Medical and sanitary report of the native army of Bengal for the year
Year: 1874
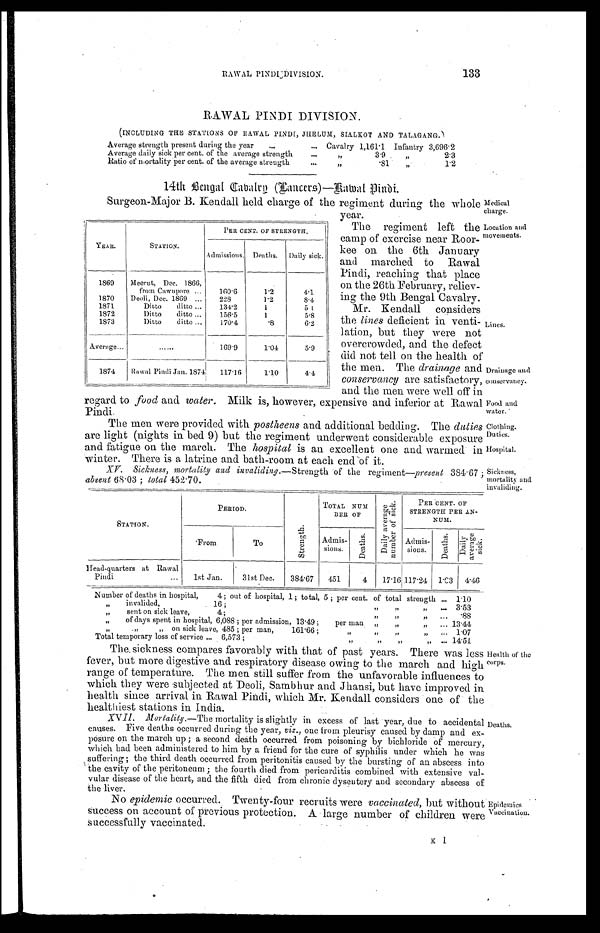
133
RAWAL PINDI DIVISION.
(INCLUDING THE STATIONS OF RAWAL PINDI, JHELUM, SIALKOT AND TALAGANG.)
Average strength present during the year . . . Cavalry 1,161.1 Infantry 3,696.2
Average daily sick per cent of the average strength . . .
"
3.9
"
2.3
Ratio of mortality per cent of the average strength . . .
"
.81
"
1.2
14th Benga; Cavalry( Lancers)—
Rawal Pindi.
Surgeon-Major B. Kendall held charge of the regiment during the whole
year.
Medical
charge.
The regiment left the
camp of exercise near Roor
-kee on the 6th January
and marched to Rawal
Pindi, reaching that place
on the 26th February, reliev
-ing the 9th Bengal Cavalry.
Location and
movements.
YEAR.
STATION.
PER CENT OF STRENGTH.
Admissions. Deaths. Daily sick.
1869 Meerut,Dec.1866,
from Cawnpore . . . 160.6
1.2
4.1
1870 D e o l i , D e c . 1 8 6 9 . . .
228
1.2
8.4
1871
Ditto ditto . . . 134.2
1
5 . 1
1872
Ditto ditto . . . 156.5
1
5.8
1873
Ditto ditto . . . 170.4
. 8 6.2
Average . . .
. . .
169.9
1.04
5.9
1874 Rawal Pindi Jan. 1874 117.16
1.10
4.4
Drainage and
conservancy.
Food and
water.
Clothing.
Duties.
Hospital.
Mr. Kendall considers
the lines deficient in venti
-lation, but they were not
overcrowded, and the defect
did not tell on the health of
the men. The drainage and
conservancy are satisfactory,
and the men were well off in
regard to food and water. Milk is, however, expensive and inferior at Rawal
Pindi.
The men were provided with postheens and additional bedding. The dut i e s
are light (nights in bed 9) but the regiment underwent considerable exposure
and fatigue on the march. The hospital is an excellent one and warmed in
winter. There is a latrine and bath-room at each end of it.
Sickness,
mortality and.
invaliding.
XV. Sickness, mortality and invaliding .—Strength of the regiment—present 384.67;
absent 68.03; total 452.70.
STATION.
PERIOD.
S t r e n g t h .
TOTAL NUM
BER OF
D a i l y a v e r a g e n u m b e r o f s i c k .
PER CENT OF
STRENGTH PER AN-
NUM.
From
To
Admis-
sions.
D e a t h s .
A d m i s - s i o n s . D e a t h s .
D a i l y a v e r a g e s i c k .
Head-quarters atRawal
Pindi . . . 1st Jan.
31st Dec. 384.67 451
4 17.16 117.24 1.03 4.46
Number of deaths in hospital, 4; out of hospital, 1; total, 5; per cent. of total strength . . . 1.10
" i n v a l i d e d , 1 6 ; " " " . . . 3.53
" s e n t o n s i c k l e a v e , 4 ; " " " . . .
"
.88
" of days spent in hospital, 6,088; per admission, 13.49; per man " " " . . . 13. 44
" on si ck l eave, 485; per man, 161. 66; " " " " . . .
1.07
Total temporary loss of service . . . 6,573;" " " " . . . 14. 51
The sickness compares favorably with that of past years. There was less
fever, but more digestive and respiratory disease owing to the march and high
range of temperature. The men still suffer from the unfavorable influences to
which they were subjected at Deoli, Sambhur and Jhansi, but have improved in
health since arrival in Rawal Pindi, which Mr. Kendall considers one of the
healthiest stations in India.
XV11. Mortality .—The mortality is slightly in excess of last year, due to accidental
causes. Five deaths occurred during the year, viz., one from pleurisy caused by damp and ex
-posure on the march up; a second death occurred from poisoning by bichloride of mercury,
which had been administered to him by a friend for the cure of syphilis under which he was
suffering; the third. death occurred from peritonitis caused by the bursting of an abscess into
the cavity of the peritoneum; the fourth died from pericarditis combined with extensive val
-vular disease of the heart, and the fifth died from chronic dysentery and secondary abscess of
the liver.
Health of the
corps.
Deaths.
No epidemic occurred. Twenty-four recruits were vaccinated, but without
success on account of previous protection. A large number of children were
successfully vaccinated.
Epidemics
Vaccination.
K 1